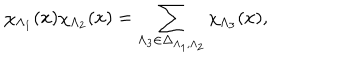
LaTeX: \chi _ { \Lambda _ { 1 } } ( x ) \chi _ { \Lambda _ { 2 } } ( x ) = \sum _ { \Lambda _ { 3 } \in \Delta _ { \Lambda _ { 1 } , \Lambda _ { 2 } } } \chi _ { \Lambda _ { 3 } } ( x ) ,